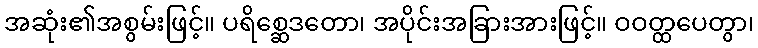
အဆုံး၏အစွမ်းဖြင့်။ ပရိစ္ဆေဒတော၊ အပိုင်းအခြားအားဖြင့်။ ဝဝတ္ထပေတွာ၊